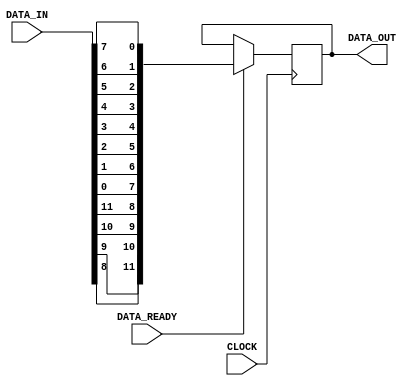
module deserializer (
		input	CLOCK,
		input [15:0] DATA_IN,
		input DATA_READY,
		output reg [11:0] DATA_OUT // 15:0
	);			
		
always @(posedge CLOCK )
begin
	if (DATA_READY )
	begin 
		DATA_OUT <= { 
							DATA_IN[08],DATA_IN[09],DATA_IN[10],DATA_IN[11],
							DATA_IN[00],DATA_IN[01],DATA_IN[02],DATA_IN[03],
							DATA_IN[04],DATA_IN[05],DATA_IN[06],DATA_IN[07] 
						};
	end
end

endmodule